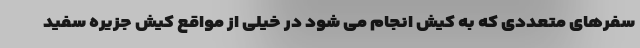
سفرهای متعددی که به کیش انجام می شود در خیلی از مواقع کیش جزیره سفید